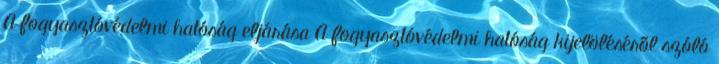
A fogyasztóvédelmi hatóság eljárása A fogyasztóvédelmi hatóság kijelöléséről szóló